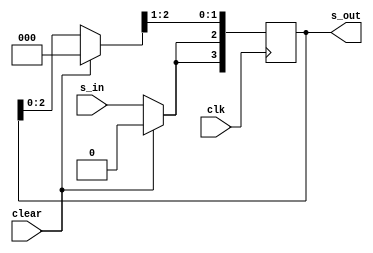
`timescale 1ns / 1ps
module non_blocking_assig(
    input clk, clear,
    input s_in, 
    output reg [3:0]s_out
    );
    
    //reg [3:0] tmp;

always @(posedge clk )
begin

    if (clear)
        //tmp = 4'b0000;
        s_out=4'b0000;
    else
        //s_out = s_out >> 1;
        s_out[3] <= s_in;
        s_out[2] <= s_out[3];
        s_out[1] <= s_out[2];
        s_out[0] <=s_out[1];
        //s_out = tmp[0];
end
endmodule